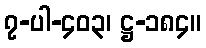
၇-ပါ-၄၀၃၊ ဋ္ဌ-၁၈၄။